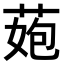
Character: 𦰾